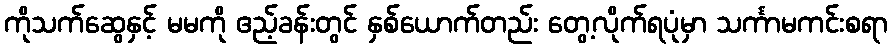
ကိုသက်ဆွေနှင့် မမကို ဧည့်ခန်းတွင် နှစ်ယောက်တည်း တွေ့လိုက်ရပုံမှာ သင်္ကာမကင်းစရာ